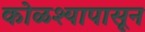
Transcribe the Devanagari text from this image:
कोळश्यापासून